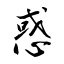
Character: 惑